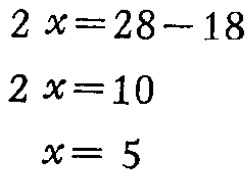
\[

\begin{align*}

2x&=28 - 18\\

2x&=10\\

x&=5

\end{align*}

\]